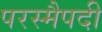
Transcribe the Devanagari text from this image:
परस्मैपदी